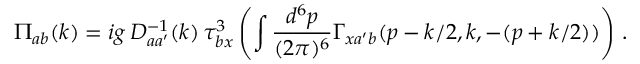
\Pi _ { a b } ( k ) = i g \, D _ { a a ^ { \prime } } ^ { - 1 } ( k ) \, \tau _ { b x } ^ { 3 } \left( \int \frac { d ^ { 6 } p } { ( 2 \pi ) ^ { 6 } } \Gamma _ { x a ^ { \prime } b } ( p - k / 2 , k , - ( p + k / 2 ) ) \right) \, .